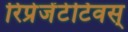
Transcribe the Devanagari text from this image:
रिप्रेजेंटेटिवस्